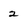
Character: 2